Rangoon Lunatic Asylum 1898-1906 - 1898-1906
Year: 1898
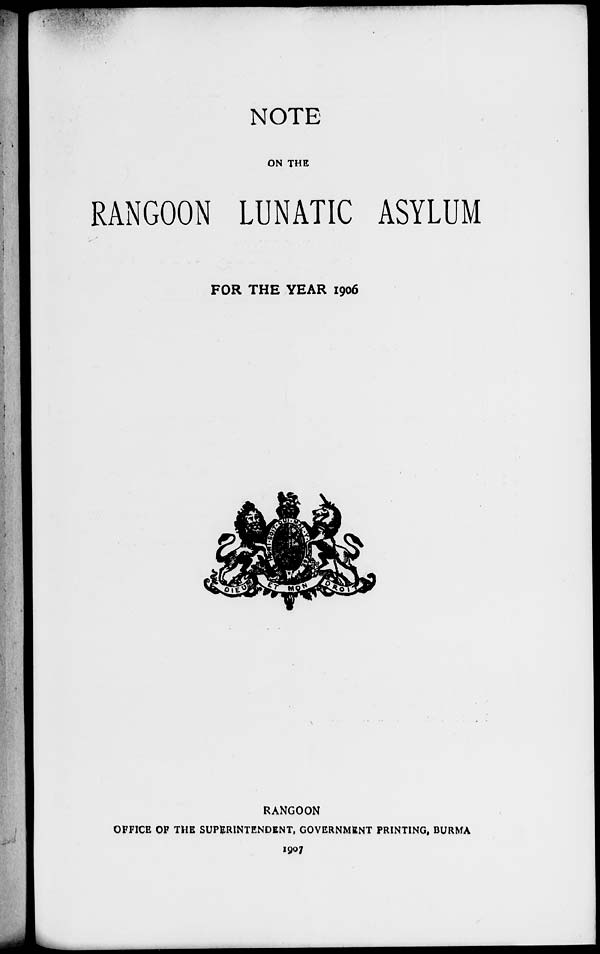
NOTE
ON THE
RANGOON LUNATIC ASYLUM
FOR THE YEAR 1906
RANGOON
OFFICE OF THE SUPERINTENDENT, GOVERNMENT PRINTING, BURMA
1907